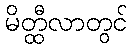
မိတ္ထီလာတွင်